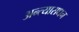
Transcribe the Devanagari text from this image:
अन्त्याराधन